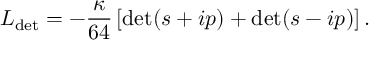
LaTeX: { \cal L } _ { \mathrm { d e t } } = - \frac { \kappa } { 6 4 } \left[ \mathrm { d e t } ( s + i p ) + \mathrm { d e t } ( s - i p ) \right] .